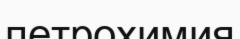
петрохимия